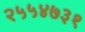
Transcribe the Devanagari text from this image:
२५५४७३१